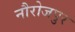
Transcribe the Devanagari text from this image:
नौरोजपुर